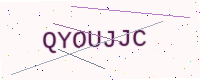
Text: QYOUJJC